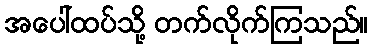
အပေါ်ထပ်သို့ တက်လိုက်ကြသည်။